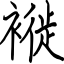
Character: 褷